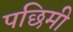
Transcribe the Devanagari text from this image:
पछिमी